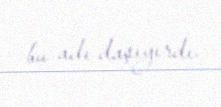
bu adı daşıyırdı.